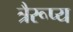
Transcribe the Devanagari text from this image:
त्रैरूप्य